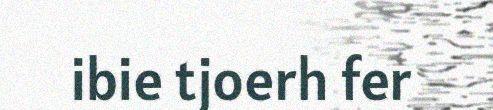
ibie tjoerh fer